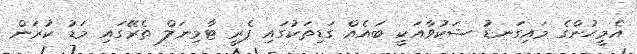
އެމީހުންގެ މައިގަނޑު ޝަކުވާއަކީ ބައެއް ގަޑިތަކުގައި ފެރީ ޓާމިނަލް ތެރޭގައި މަޑު ކުރަން